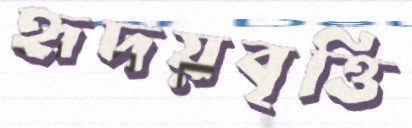
হৃদয়বৃত্তি